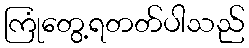
ကြုံတွေ့ရတတ်ပါသည်